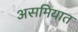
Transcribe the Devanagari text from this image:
असमियात